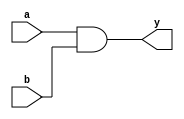
module and_gate_behavioral (
    input wire a,
    input wire b,
    output wire y
);
    assign y = a && b; // Using logical AND (&&)
endmodule